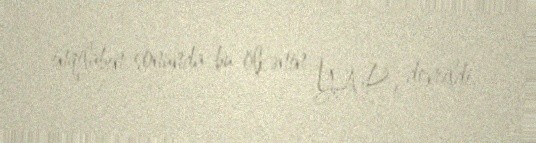
inqilabın sonunda bu ölkənin YAP-ı devrildi.